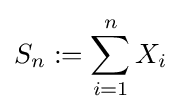
S_{n}:=\sum _{i=1}^{n}X_{i}